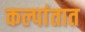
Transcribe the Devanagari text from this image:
कल्पांतात